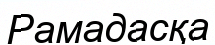
Рамадасқа